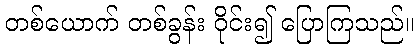
တစ်ယောက် တစ်ခွန်း ဝိုင်း၍ ပြောကြသည်။